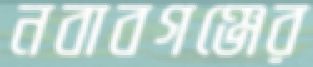
নবাবগঞ্জের